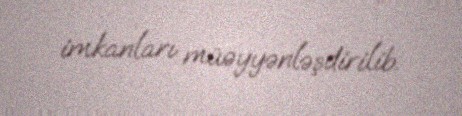
imkanları müəyyənləşdirilib.